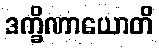
ဒက္ခိဏာယောတိ